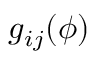
g _ { i j } ( \phi )